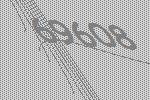
69608